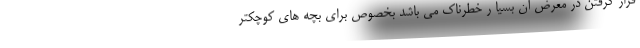
قرار گرفتن در معرض آن بسیا ر خطرناک می باشد بخصوص برای بچه های کوچکتر